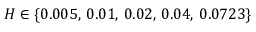
H \in \{ 0 . 0 0 5 , \, 0 . 0 1 , \, 0 . 0 2 , \, 0 . 0 4 , \, 0 . 0 7 2 3 \}